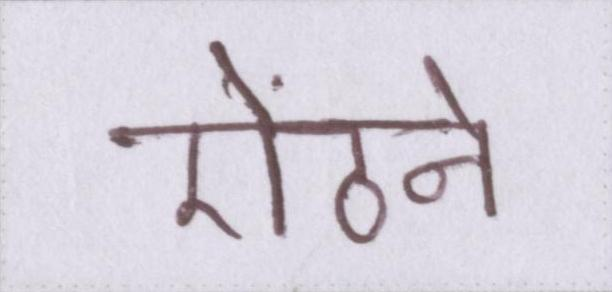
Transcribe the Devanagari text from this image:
ऐंठने